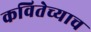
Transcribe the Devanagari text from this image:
कवितेच्याच